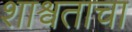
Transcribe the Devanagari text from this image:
शाश्र्वताचा